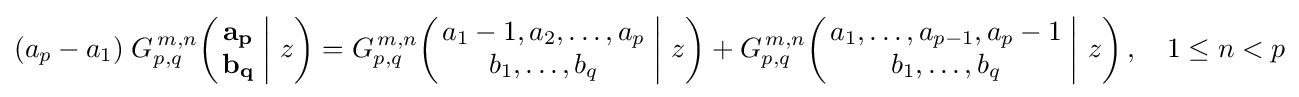
(a_{p}-a_{1})\;G_{p,q}^{\,m,n}\!\left(\left.{\begin{matrix}\mathbf {a_{p}} \\\mathbf {b_{q}} \end{matrix}}\;\right|\,z\right)=G_{p,q}^{\,m,n}\!\left(\left.{\begin{matrix}a_{1}-1,a_{2},\dots ,a_{p}\\b_{1},\dots ,b_{q}\end{matrix}}\;\right|\,z\right)+G_{p,q}^{\,m,n}\!\left(\left.{\begin{matrix}a_{1},\dots ,a_{p-1},a_{p}-1\\b_{1},\dots ,b_{q}\end{matrix}}\;\right|\,z\right),\quad 1\leq n<p